Annual report of the Punjab Veterinary College and of the Civil Veterinary Department, Punjab - 1926-1932
Year: 1926
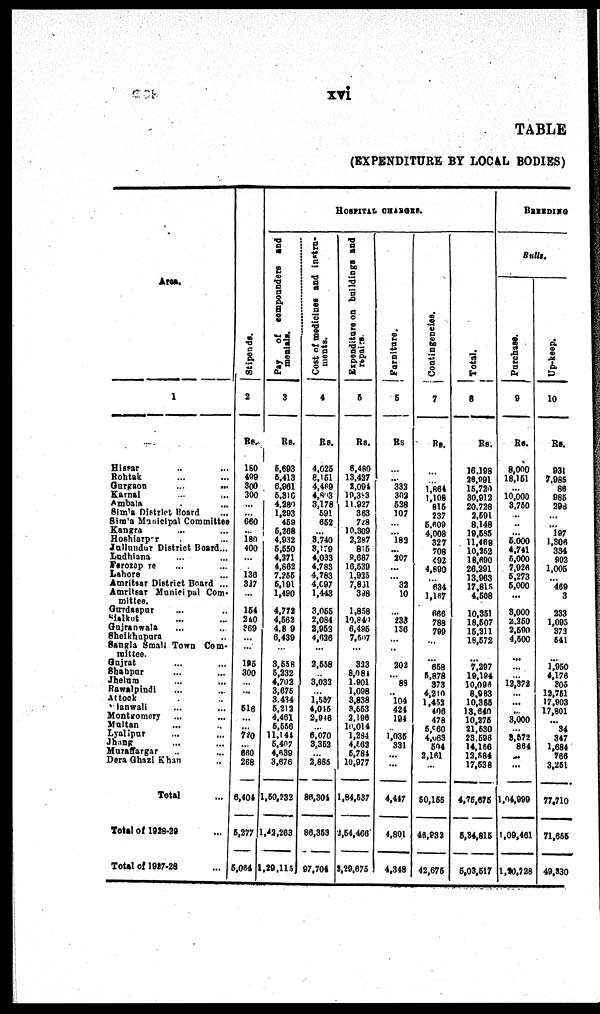
xvi
TABLE
(EXPENDITURE BY LOCAL BODIES)
Area.
1
Hissar ... ...
Rohtak ... ...
Gurgaon ... ...
Karnal ... ...
Ambala ...
Simla District Board ...
Simla Municipal Committee
Kangra ... ...
Hoshiarpur ...
Jallundur District Board ...
Ludhiana ... ...
Ferozepore ... ...
Lahore ...
Amritsar District Board ...
Amritsar Municipal Com-
mittee.
Gurdaspur ... ...
Sialkot ... ...
Gajranwale ... ...
Sheikhupara ...
Sangla Small Town Com-
mittee.
Gujrat ... ...
Shahpur ... ...
Jhelum ... ...
Rawalpindi ... ...
Attock . ..
Mianwali ... ...
Montgomery ... ...
Maltan ... ...
Lyallpur ... ...
Jhang ... ...
Muzaffargar ... ...
Dera Ghazi Khan ...
Total ...
Total of 1928-29 ...
Total of 1927-28 ...
Stipends.
2
Rs.
160
499
300
300
...
... 680
... 180
400
...
... 136
337
...
154
240
369
...
...
195
300
... ...
516
...
... 720
... 660
268
6,404
5,277
5,064
HOSPITAL CHARGES.
Pay
of compounders and
menials.
3
Rs.
5,693
5,413
6,961
5,316
4,280
1,293
459
5,268
4,932
5,550
4,271
4,862
7,255
5,191
1,490
4,772
4,582
4,8 9
6,439
...
3,558
5,232
4,702
3,675
3,434
5,212
4,461
5,556
11,144
5,407
4,639
3,676
1,50,232
1,42,263
1,29,115
Cost of medicines and instru-
ments.
4
Rs.
4,625
8,151
4,469
4,823
3,178
591
652
... 8,740
3,179
4,033
4,783
4,783
4,097
1,443
3,055
2,084
2,953
4,636
...
2,558
.. 3,033
... 1,557
4,015
2,946
... 6,070
3,352
2,885
86,304
86,353
97,704
Expenditure
on buildings and
repairs.
5
Rs.
6,480
13,427
1,094
19,393
11,927
363
728
10,309
2,287
815
8,687
16,539
1,935
7,801
398
1,858
10,840
6,495
7,507
...
333
8,081
1,901
1,098
3,838
8,553
2,196
10,014
1,284
4,563
5,784
10,977
1,84,537
3,54,466
2,29,675
Furniture.
6
Rs
...
...
332
302
538
107
...
... 183
... 207
...
... 32
10
... 233 136
...
...
202
... 88
..
104
424
194
... 1,035
331
...
...
4,447
4,801
4,348
Contingencies.
7
Rs.
...
... 1,864
1,108
815
237
5,609
4,008
327
708
492
4,890
... 634
1,167
668
788
799
...
...
658
5,878
373
4,210
1,452
406
478
5,960
4,068
504
2,161
...
50,155
46,832
42,675
Total.
8
Rs.
16,198
25,991
15,720
30,912
20,728
2,591
8,148
19,585
11,468
10,252
18,690
26,291
13,963
17,815
4,508
10,351
18,507
15,211
18,572
...
7,297
19,194
10,098
8,983
10,385
13,640
10,275
21,530
23,596
14,156
12,584
17,538
4,75,675
5,34,815
5,03,517
BREEDING
Bulls.
Purchase.
9
Rs.
8,000
18,151
... 10,000
3,750
... ...
... 5,000
4,741
5,000
7,926
5,273
5,000
...
3,000
2,250
2,590
4,500
...
...
... 12,372
... ...
...
3,000
... 8,572
864
...
...
1,04,999
1,09,461
1,20,728
Up-keep.
10
Rs.
931
7,985
88
985
298
...
... 197
1,306
334
902
1,005
... 469
3
233
1,095
373
541
...
1,950
4,176
805
12,751
17,903
17,801
... 34
347
1,684
786
3,251
77,710
71,555
49,330